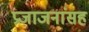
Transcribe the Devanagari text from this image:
प्रजाजनांसह